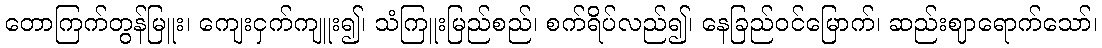
တောကြက်တွန်မြူး၊ ကျေးငှက်ကျူး၍၊ သံကြူးမြည်စည်၊ စက်ရိပ်လည်၍၊ နေခြည်ဝင်မြောက်၊ ဆည်းဈာရောက်သော်၊